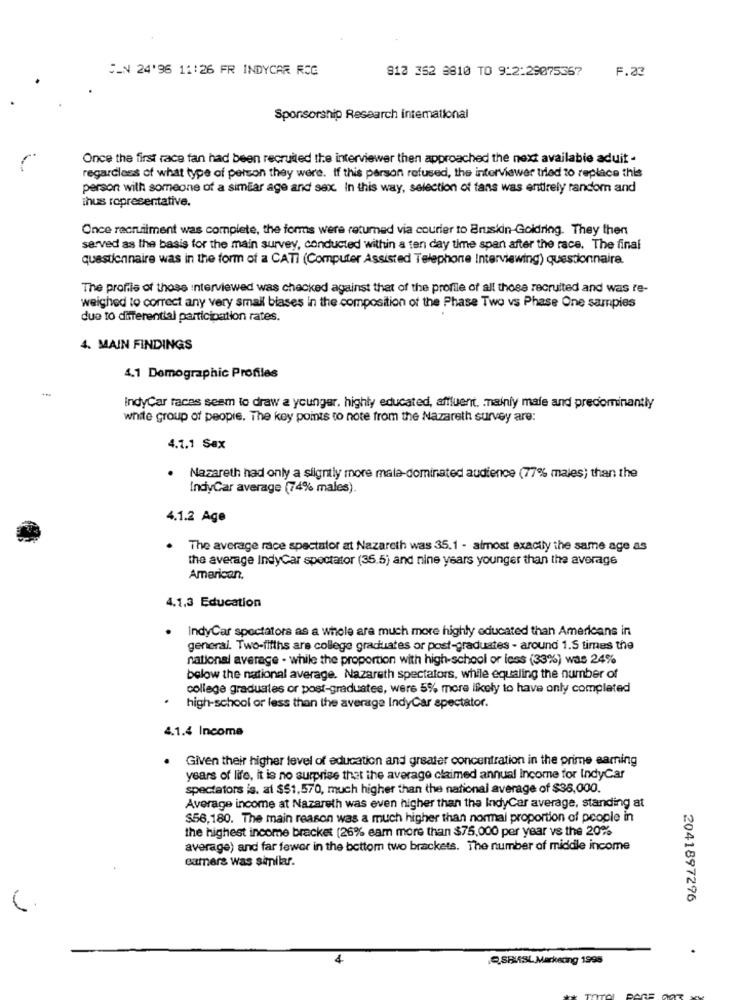
S_N 24'96 11:26 FR INDYCAR ROG
912 362 3810 TO 9:2:29075367
F.33
Sponsorship Research intemational
Once the first race fan had been recruited the interviewer then approached the next available aduit -
regardless of what type of person they were. if this person refused, the interviewer tried to replace this
person with someone of a similar age and sex. In this way, selection of fans was entirely random and
ihus representative.
Once recruitment was complete, the forms were returned via courier to Bruskin-Goldring. They then
served as the basis for the main survey, conducted within a ten day time span after the race. The final
questionnaire was in the form of a CATI (Computer Assisted Telephone Interviewing) questionnaire.
The profiis of those interviewed was checked against that of the profile of all those recruited and was re-
weighed to correct any very small biases in the composition of the Phase Two vs Phase One samples
due to differential participation rates.
4. MAIN FINDINGS
4.1 Demographic Profiles
IndyCar races seem to draw a younger, highly educated, affluent, mainly male and predominantly
white group of people. The key points to note from the Nazareth survey are:
4.1.1 Sex
Nazareth had only a slightly more male-dominated audience (77% males) than the
IndyCar average (74% males).
4.1.2 Age
The average race spectator at Nazareth was 35.1 - almost exactly the same age as
the average IndyCar spectator (35.5) and nine years younger than the average
American.
4.1,3 Education
. IndyCar spectators as a whole are much more highly educated than Americans in
general. Two-fifths are college graduates or post-graduates - around 1.5 times the
national average - while the proportion with high-school or loss (33%) was 24%
below the national average. Nazareth spectators, while equaling the number of
college graduates or post-graduates, were 5% more likely to have only completed
high-school or less than the average IndyCar spectator.
4.1.4 Income
Given their higher level of education and greater concentration in the prime earning
years of life, it is no surprise that the average claimed annual Income for IndyCar
spectators is. al $$1,570, much higher than the national average of $36,000.
Average income at Nazareth was even higher than the IndyCar average, standing at
$56,180. The main reason was a much higher than normal proportion of people in
the highest income bracket (26% eam more than $75,000 per year vs the 20%
average) and far fewer in the bottom two brackets. The number of middle income
camera was similar.
2041897296
4
SHIASL Marketing 1995